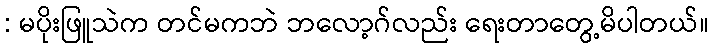
: မပိုးဖြူသဲက တင်မကဘဲ ဘလော့ဂ်လည်း ရေးတာတွေ့မိပါတယ်။